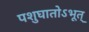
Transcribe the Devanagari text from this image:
पशुघातोऽभूत्‌